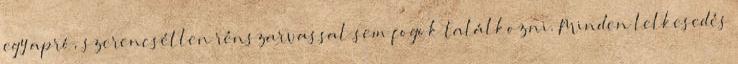
egy apró, szerencsétlen rénszarvassal sem fogok találkozni. Minden lelkesedés